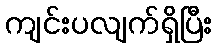
ကျင်းပလျက်ရှိပြီး